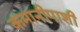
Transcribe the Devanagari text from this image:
कमानीपाशी